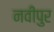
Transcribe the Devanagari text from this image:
नवीपुर